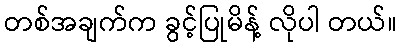
တစ်အချက်က ခွင့်ပြုမိန့် လိုပါ တယ်။